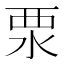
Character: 𣳳